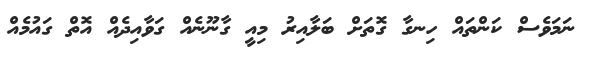
ނަމަވެސް ކަންތައް ހިނގާ ގޮތަށް ބަލާއިރު މިއީ ގާނޫނެއް ގަވާއިދެއް އޮތް ގައުމެއް